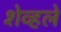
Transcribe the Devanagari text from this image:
शेव्हले